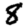
Digit: 8